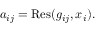
a _ { i j } = \operatorname { R e s } ( g _ { i j } , x _ { i } ) .